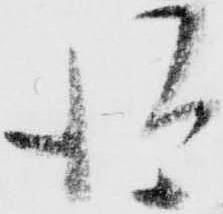
得